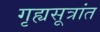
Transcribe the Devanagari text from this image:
गृह्यसूत्रांत